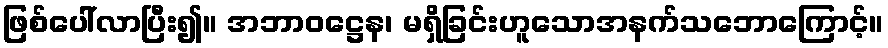
ဖြစ်ပေါ်လာပြီး၍။ အဘာဝဋ္ဌေန၊ မရှိခြင်းဟူသောအနက်သဘောကြောင့်။